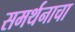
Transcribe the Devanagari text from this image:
समर्थनाचा